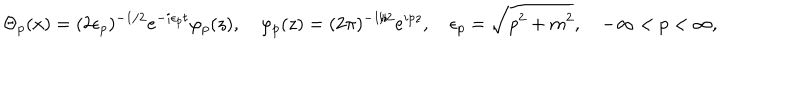
LaTeX: \Theta _ { p } ( x ) = ( 2 \epsilon _ { p } ) ^ { - 1 / 2 } e ^ { - i \epsilon _ { p } t } \varphi _ { p } ( z ) , \quad \varphi _ { p } ( z ) = ( 2 \pi ) ^ { - 1 / 2 } e ^ { i p z } , \quad \epsilon _ { p } = \sqrt { p ^ { 2 } + m ^ { 2 } } , \quad - \infty < p < \infty ,